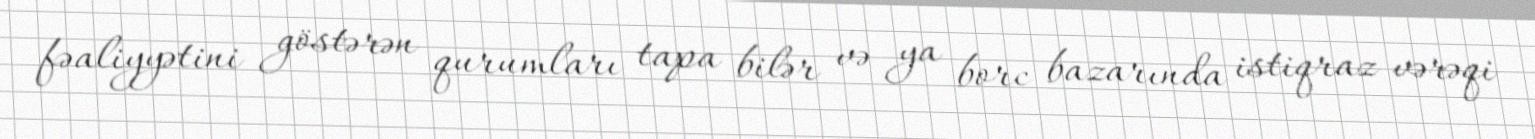
fəaliyyətini göstərən qurumları tapa bilər və ya borc bazarında istiqraz vərəqi